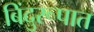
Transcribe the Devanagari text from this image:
बिंदुरूपात